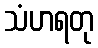
သံဟရတု